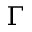
\boldsymbol { \Gamma }